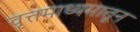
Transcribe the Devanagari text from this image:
वृत्तमाध्यमातून